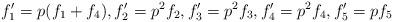
LaTeX: \begin{align*} f_1' = p(f_1 + f_4), f_2' = p^2 f_2, f_3' = p^2 f_3, f_4' = p^2 f_4, f_5' = pf_5\end{align*}